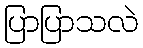
ပြာပြာသလဲ